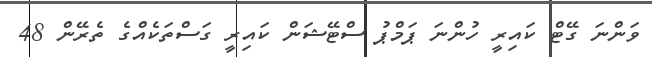
ވަންނަ ގޭޓް ކައިރީ ހުންނަ ޕަމްޕު ސްޓޭޝަން ކައިރީ ގަސްތަކެއްގެ ތެރޭން 48